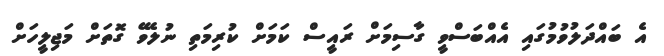
އެ ބައްދަލުވުމުގައި އެއްބަސްވީ ގާސިމަށް ރައީސް ކަމަށް ކުރިމަތި ނުލެވޭ ގޮތަށް މަޖިލީހަށް